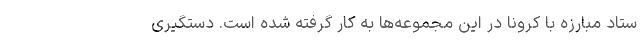
ستاد مبارزه با کرونا در این مجموعه‌ها به کار گرفته شده است. دستگیری